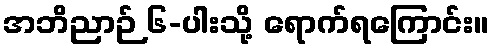
အဘိညာဉ် ၆-ပါးသို့ ရောက်ရကြောင်း။